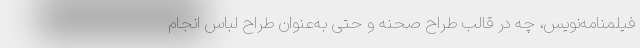
فیلمنامه‌نویس، چه در قالب طراح صحنه و حتی به‌عنوان طراح لباس انجام